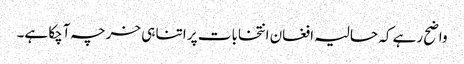
واضح رہے کہ حالیہ افغان انتخابات پر اتنا ہی خرچہ آچکا ہے۔